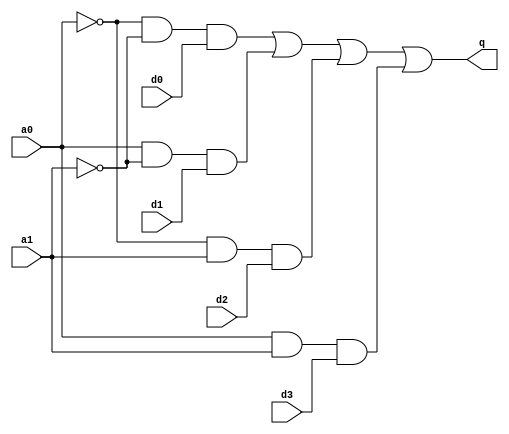
`ifndef mux41
`define mux41
`define N 4
`define M ('N << 2)

`endif

module mux41 (
	input  a1,
	input a0,
	input d3,
	input d2,
	input d1,
	input d0, // data line
	output q
);

	wire a0_,a1_,and0,and1,and2,and3;

	not(a0_,a0);
	not(a1_,a1);

	and(and0,a0_,a1_,d0);
	and(and1,a0,a1_,d1);
	and(and2,a0_,a1,d2);
	and(and3,a0,a1,d3);
	or(q,and0,and1,and2,and3);
endmodule